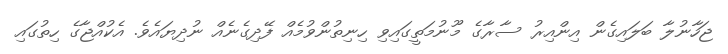
ޖަހާނުލާ ބަލައިގެން އިންއިރު ސާރާގެ މޫނުމަތީގައިވި ހިނިތުންވުމެއް ފޭދިގެނެއް ނުދިޔައެވެ. އެކުއްޖާގެ ހިތުގައި